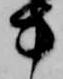
方